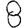
Digit: 8